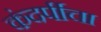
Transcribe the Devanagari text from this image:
कंदर्पीचा